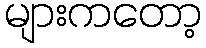
များကတော့